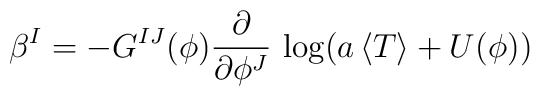
\beta^I = - G^{IJ}(\phi) {\partial \over \partial \phi^J} \, \log({a \, \langle T\rangle + U(\phi)})